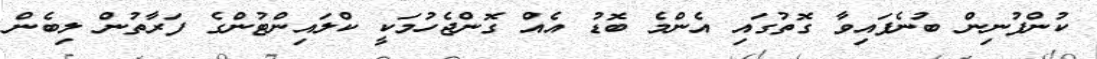
ކުންފުނިން ބުނެފައިވާ ގޮތުގައި އެންމެ ބޮޑު އެއް ގޮންޖެހުމަކީ ކްލައިންޓުންގެ ފަރާތުން ލިބެން